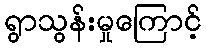
ရွာသွန်းမှုကြောင့်